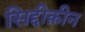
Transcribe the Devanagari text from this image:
सिद्दीक़ीन